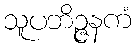
သူပဘိဉ္ဇနကံ